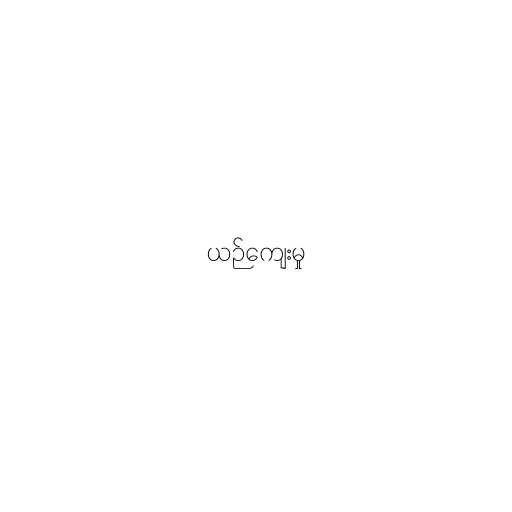
ယဉ်ကျေးမှု